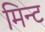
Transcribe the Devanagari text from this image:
मिन्‍ट